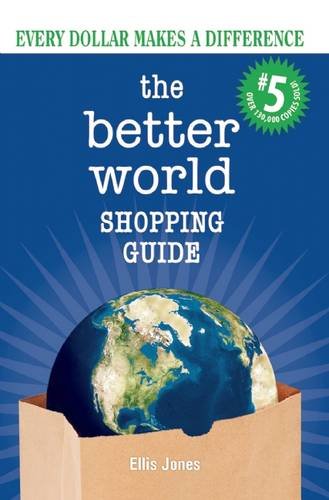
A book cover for The Better World Shopping Guide #5: Every Dollar Makes a Difference; Ellis Jones; Business & Money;